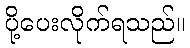
ပို့ပေးလိုက်ရသည်။